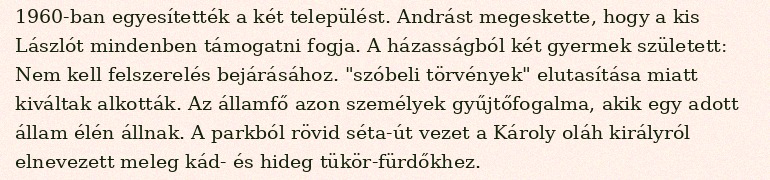
1960-ban egyesítették a két települést. Andrást megeskette, hogy a kis Lászlót mindenben támogatni fogja. A házasságból két gyermek született: Nem kell felszerelés bejárásához. "szóbeli törvények" elutasítása miatt kiváltak alkották. Az államfő azon személyek gyűjtőfogalma, akik egy adott állam élén állnak. A parkból rövid séta-út vezet a Károly oláh királyról elnevezett meleg kád- és hideg tükör-fürdőkhez.